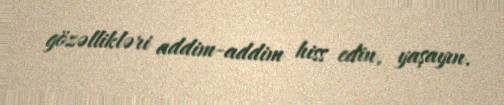
gözəllikləri addim-addim hiss edin, yaşayın.